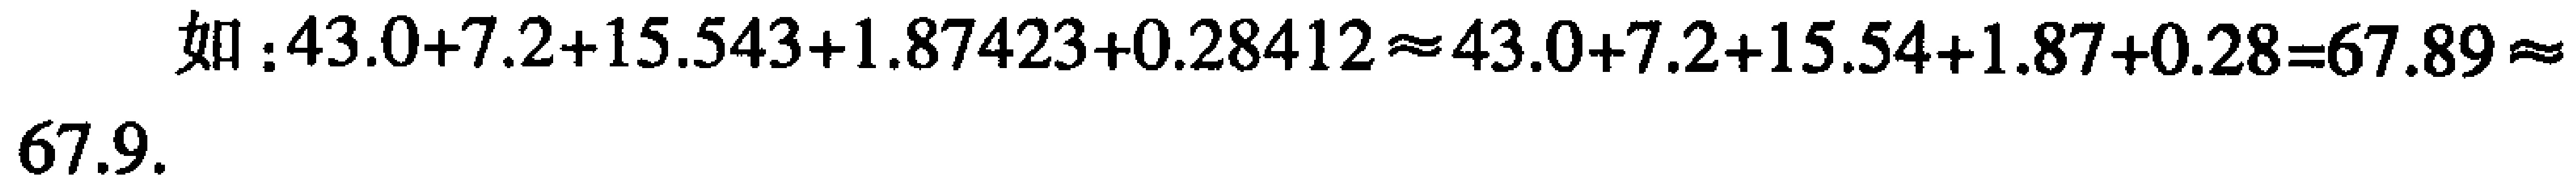
如：\(43.0 + 7.2+15.543 + 1.87423+0.28412\approx43.0 + 7.2+15.54 + 1.87+0.28 = 67.89\approx67.9\)